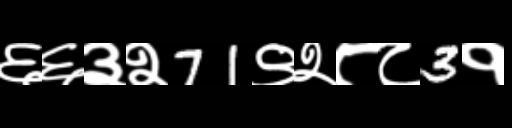
Text: ६६३२71९२८८3१